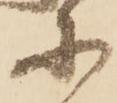
等